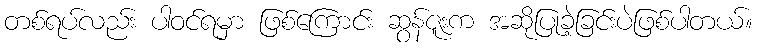
တစ်ရပ်လည်း ပါဝင်ရမှာ ဖြစ်ကြောင်း ဆွန်ဇူးက အဆိုပြုခဲ့ခြင်းပဲဖြစ်ပါတယ်။